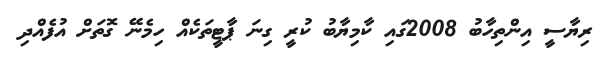
ރިޔާސީ އިންތިހާބު 2008ގައި ކާމިޔާބު ކުރީ ގިނަ ޕާޓީތަކެއް ހިމެނޭ ގޮތަށް އުފެއްދި